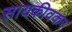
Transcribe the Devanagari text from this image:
सायकीवकर